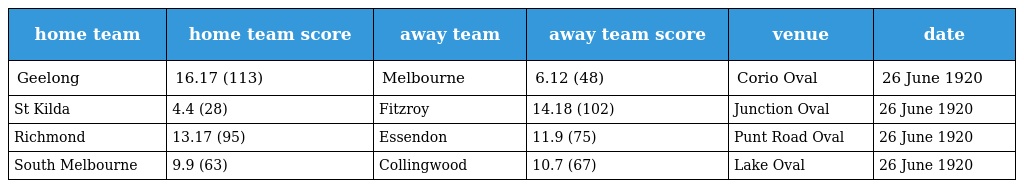
| home team | home team score | away team | away team score | venue | date |
 | --- | --- | --- | --- | --- | --- |
 | Geelong | 16.17 (113) | Melbourne | 6.12 (48) | Corio Oval | 26 June 1920 |
 | St Kilda | 4.4 (28) | Fitzroy | 14.18 (102) | Junction Oval | 26 June 1920 |
 | Richmond | 13.17 (95) | Essendon | 11.9 (75) | Punt Road Oval | 26 June 1920 |
 | South Melbourne | 9.9 (63) | Collingwood | 10.7 (67) | Lake Oval | 26 June 1920 |